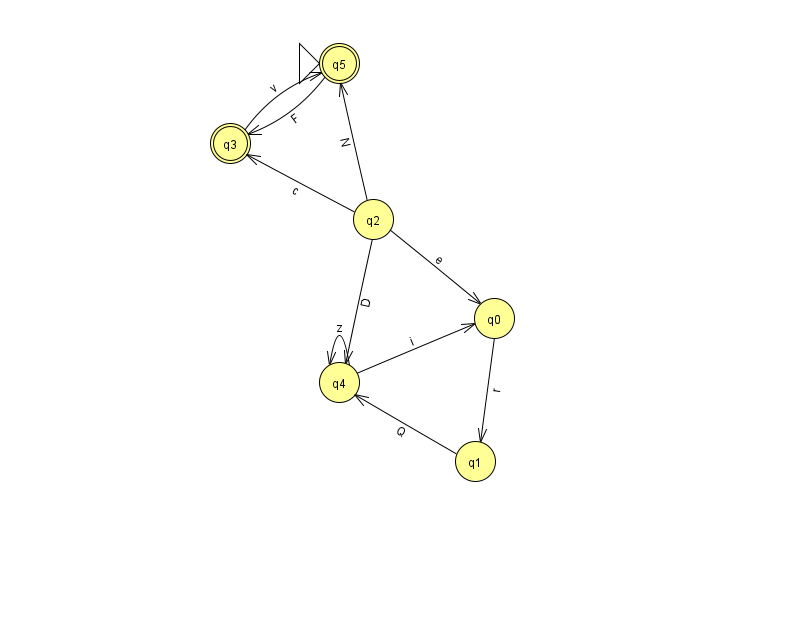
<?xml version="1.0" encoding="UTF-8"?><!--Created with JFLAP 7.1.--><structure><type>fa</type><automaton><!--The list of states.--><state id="0" name="q0"><x>494.0</x><y>305.0</y></state><state id="1" name="q1"><x>475.0</x><y>448.0</y></state><state id="2" name="q2"><x>373.0</x><y>206.0</y></state><state id="3" name="q3"><x>230.0</x><y>130.0</y><final/></state><state id="4" name="q4"><x>339.0</x><y>369.0</y></state><state id="5" name="q5"><x>339.0</x><y>50.0</y><initial/><final/></state><!--The list of transitions.--><transition><from>2</from><to>3</to><read>c</read></transition><transition><from>2</from><to>4</to><read>D</read></transition><transition><from>4</from><to>0</to><read>i</read></transition><transition><from>0</from><to>1</to><read>r</read></transition><transition><from>2</from><to>5</to><read>N</read></transition><transition><from>2</from><to>0</to><read>e</read></transition><transition><from>4</from><to>4</to><read>z</read></transition><transition><from>1</from><to>4</to><read>Q</read></transition><transition><from>3</from><to>5</to><read>v</read></transition><transition><from>5</from><to>3</to><read>F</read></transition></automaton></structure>